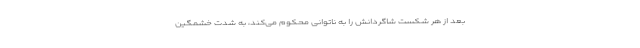
بعد از هر شکست شاگردانش را به ناتوانی محکوم می‌کند، به شدت خشمگین